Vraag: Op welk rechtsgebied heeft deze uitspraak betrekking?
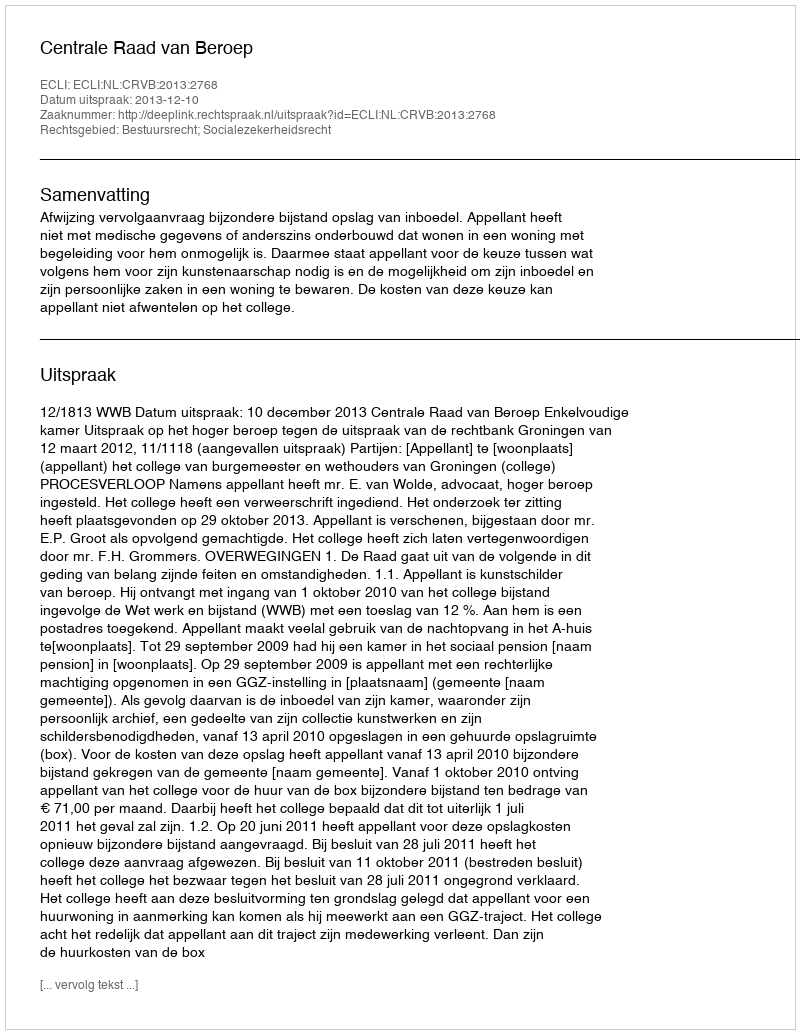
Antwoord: Bestuursrecht; Socialezekerheidsrecht